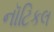
નૉટિકલ